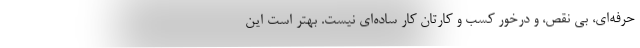
حرفه‌ای، بی نقص، و درخور کسب و کارتان کار ساده‌ای نیست. بهتر است این